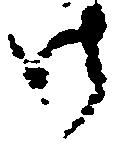
御